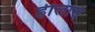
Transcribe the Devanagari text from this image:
हीलास